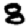
Digit: 8